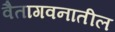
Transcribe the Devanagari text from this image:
वैतागवनातील